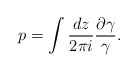
\begin{align*}p=\int {d z\over 2\pi i}{\partial \gamma\over \gamma}.\end{align*}